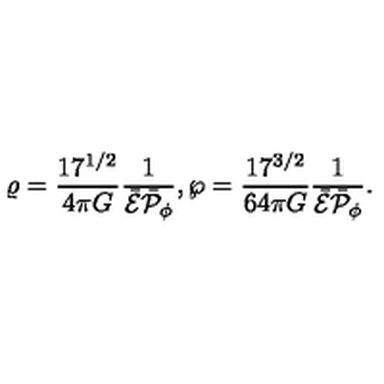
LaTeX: \varrho = { \frac { 1 7 ^ { 1 / 2 } } { 4 \pi G } } { \frac { 1 } { \bar { \cal E } \bar { \cal P } _ { \phi } } } , \wp = { \frac { 1 7 ^ { 3 / 2 } } { 6 4 \pi G } } { \frac { 1 } { \bar { \cal E } \bar { \cal P } _ { \phi } } } .